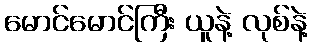
မောင်မောင်ကြီး ယူနဲ့ လုစ်နဲ့